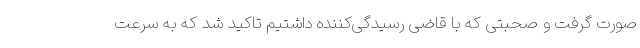
صورت گرفت و صحبتی که با قاضی رسیدگی‌کننده داشتیم تاکید شد که به سرعت